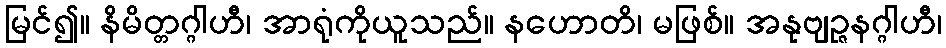
မြင်၍။ နိမိတ္တဂ္ဂါဟီ၊ အာရုံကိုယူသည်။ နဟောတိ၊ မဖြစ်။ အနုဗျဉ္ဇနဂ္ဂါဟီ၊